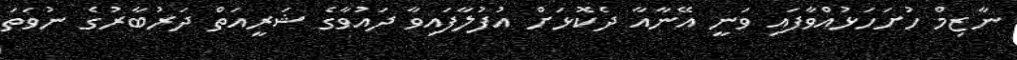
ނާޒިމް ހުށަހަޅުއްވާފައި ވަނީ އޭނާއާ ދެކޮޅަށް އުފުލާފައިވާ ދައުވާގެ ޝަރީއަތް ދަރުބާރުގެ ނުވަތަ